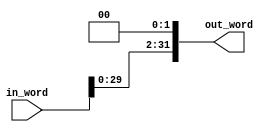
/*shift left 2*/
module shiftleft2 (in_word,out_word);
	input [31:0] in_word;
	output [31:0] out_word;
	
	assign out_word[0]=1'b0;
	assign out_word[1]=1'b0;
	
	genvar i;
	
	generate for (i=2; i<32; i=i+1)
	begin: buf_loop
		buf	(out_word[i],in_word[i-2]);	
	end
	endgenerate
endmodule
	
module test;
	reg [31:0] in;	
	wire [31:0] out;
	
	shiftleft2 shft(in,out);
	
	initial
	begin
	#0
		in <= 32'b11111111111111111111111111111111;
		
	#5	
		$display("Output: %b\n",out);
	end
endmodule